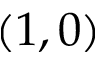
( 1 , 0 )